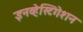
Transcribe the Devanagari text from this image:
इनव्हेस्टिगेशन